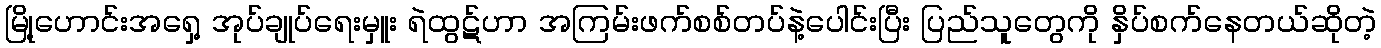
မြို့ဟောင်းအရှေ့ အုပ်ချုပ်ရေးမှူး ရဲထွဋ်ဟာ အကြမ်းဖက်စစ်တပ်နဲ့ပေါင်းပြီး ပြည်သူတွေကို နှိပ်စက်နေတယ်ဆိုတဲ့